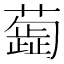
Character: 𦿼